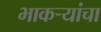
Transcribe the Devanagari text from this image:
भाकऱ्यांचा